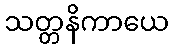
သတ္တနိကာယေ